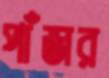
পাঁজর